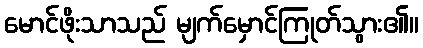
မောင်ဖိုးသာသည် မျက်မှောင်ကြုတ်သွား၏။